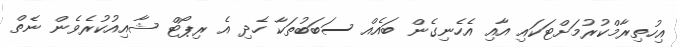
އިހުތިރާމްކުރުމަށްޓަކައި އާއި އެހެނިގެން ބައެއް ސަބަބުތަކާ ހެދި އެ ރިޕޯޓް ޝާއިއުކުރެވެން ނެތް